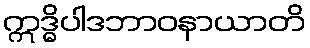
ဣဒ္ဓိပါဒဘာဝနာယာတိ